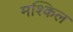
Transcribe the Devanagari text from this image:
मश्किल